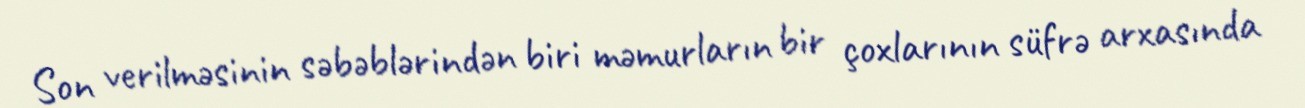
Son verilməsinin səbəblərindən biri məmurların bir çoxlarının süfrə arxasında